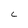
Character: C